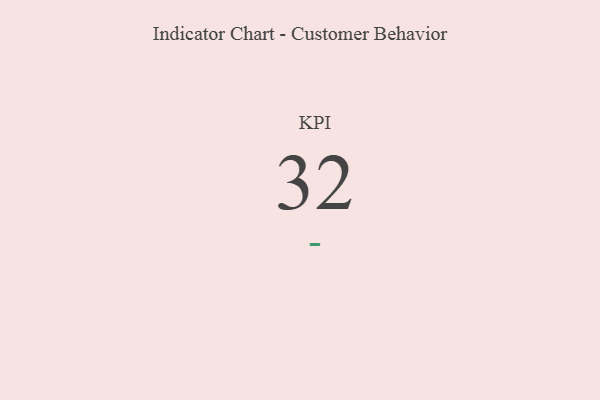
{"axis": {"x": "KPI", "y": "Value"}, "legend": [""], "data": [{"x": "KPI", "y": 32, "type": ""}]}